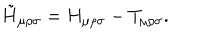
\tilde { H } _ { \mu \rho \sigma } = H _ { \mu \rho \sigma } - T _ { \mu \rho \sigma } .